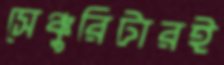
সেঞ্চুরিটারই